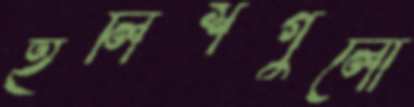
ইলিশগুলো